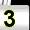
Digit: 3